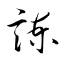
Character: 諫